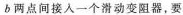
b两点间接入一个滑动变阻器，要